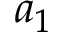
a _ { 1 }